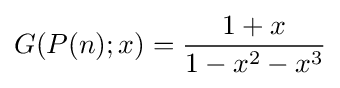
G(P(n);x)={\frac {1+x}{1-x^{2}-x^{3}}}